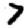
Digit: 7